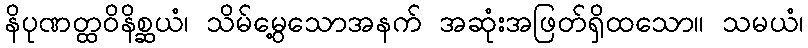
နိပုဏတ္ထဝိနိစ္ဆယံ၊ သိမ်မွေ့သောအနက် အဆုံးအဖြတ်ရှိထသော။ သမယံ၊